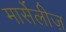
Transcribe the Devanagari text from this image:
मार्सेलीज़